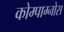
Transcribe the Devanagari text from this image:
कोम्पाग्नोस